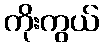
ကိုးကွယ်